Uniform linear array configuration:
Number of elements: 4
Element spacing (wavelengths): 0.5
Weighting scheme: exponential
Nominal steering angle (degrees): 30
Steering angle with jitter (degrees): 28.063
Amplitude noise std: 0.05
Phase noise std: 0.05

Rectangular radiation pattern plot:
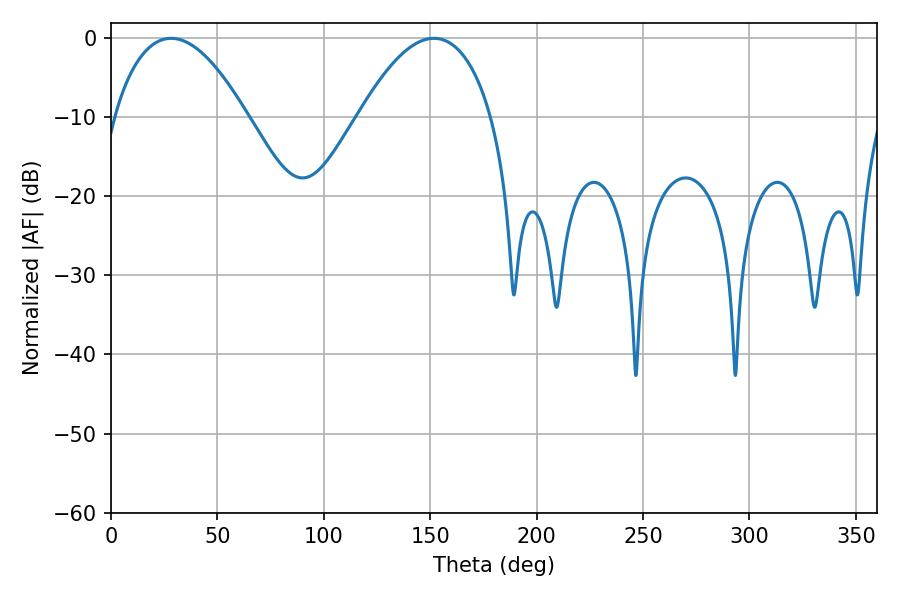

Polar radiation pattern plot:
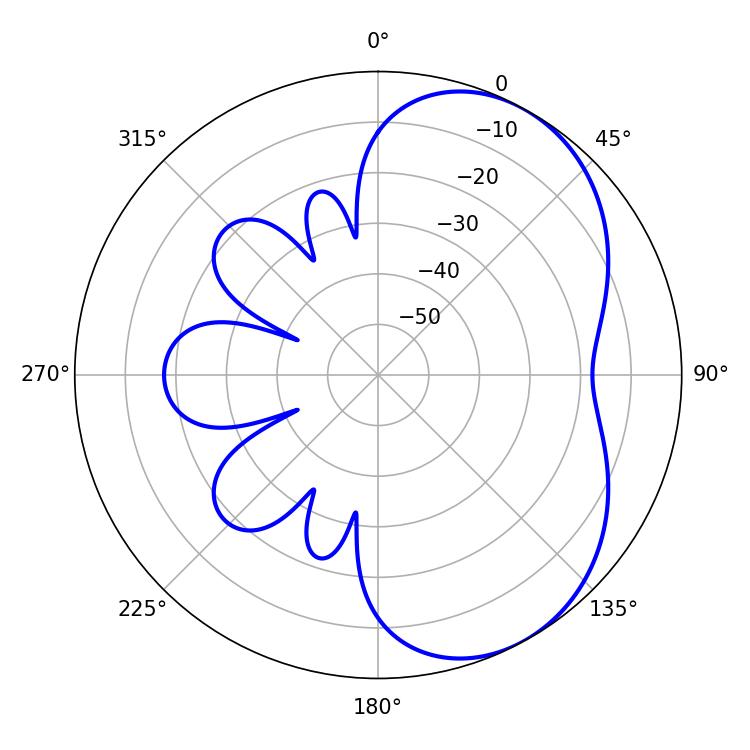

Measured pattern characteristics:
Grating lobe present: FALSE
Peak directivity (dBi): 4.926
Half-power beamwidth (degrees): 34.56
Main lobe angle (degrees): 28.26